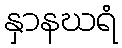
နှာနဃရံ